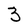
Character: 3